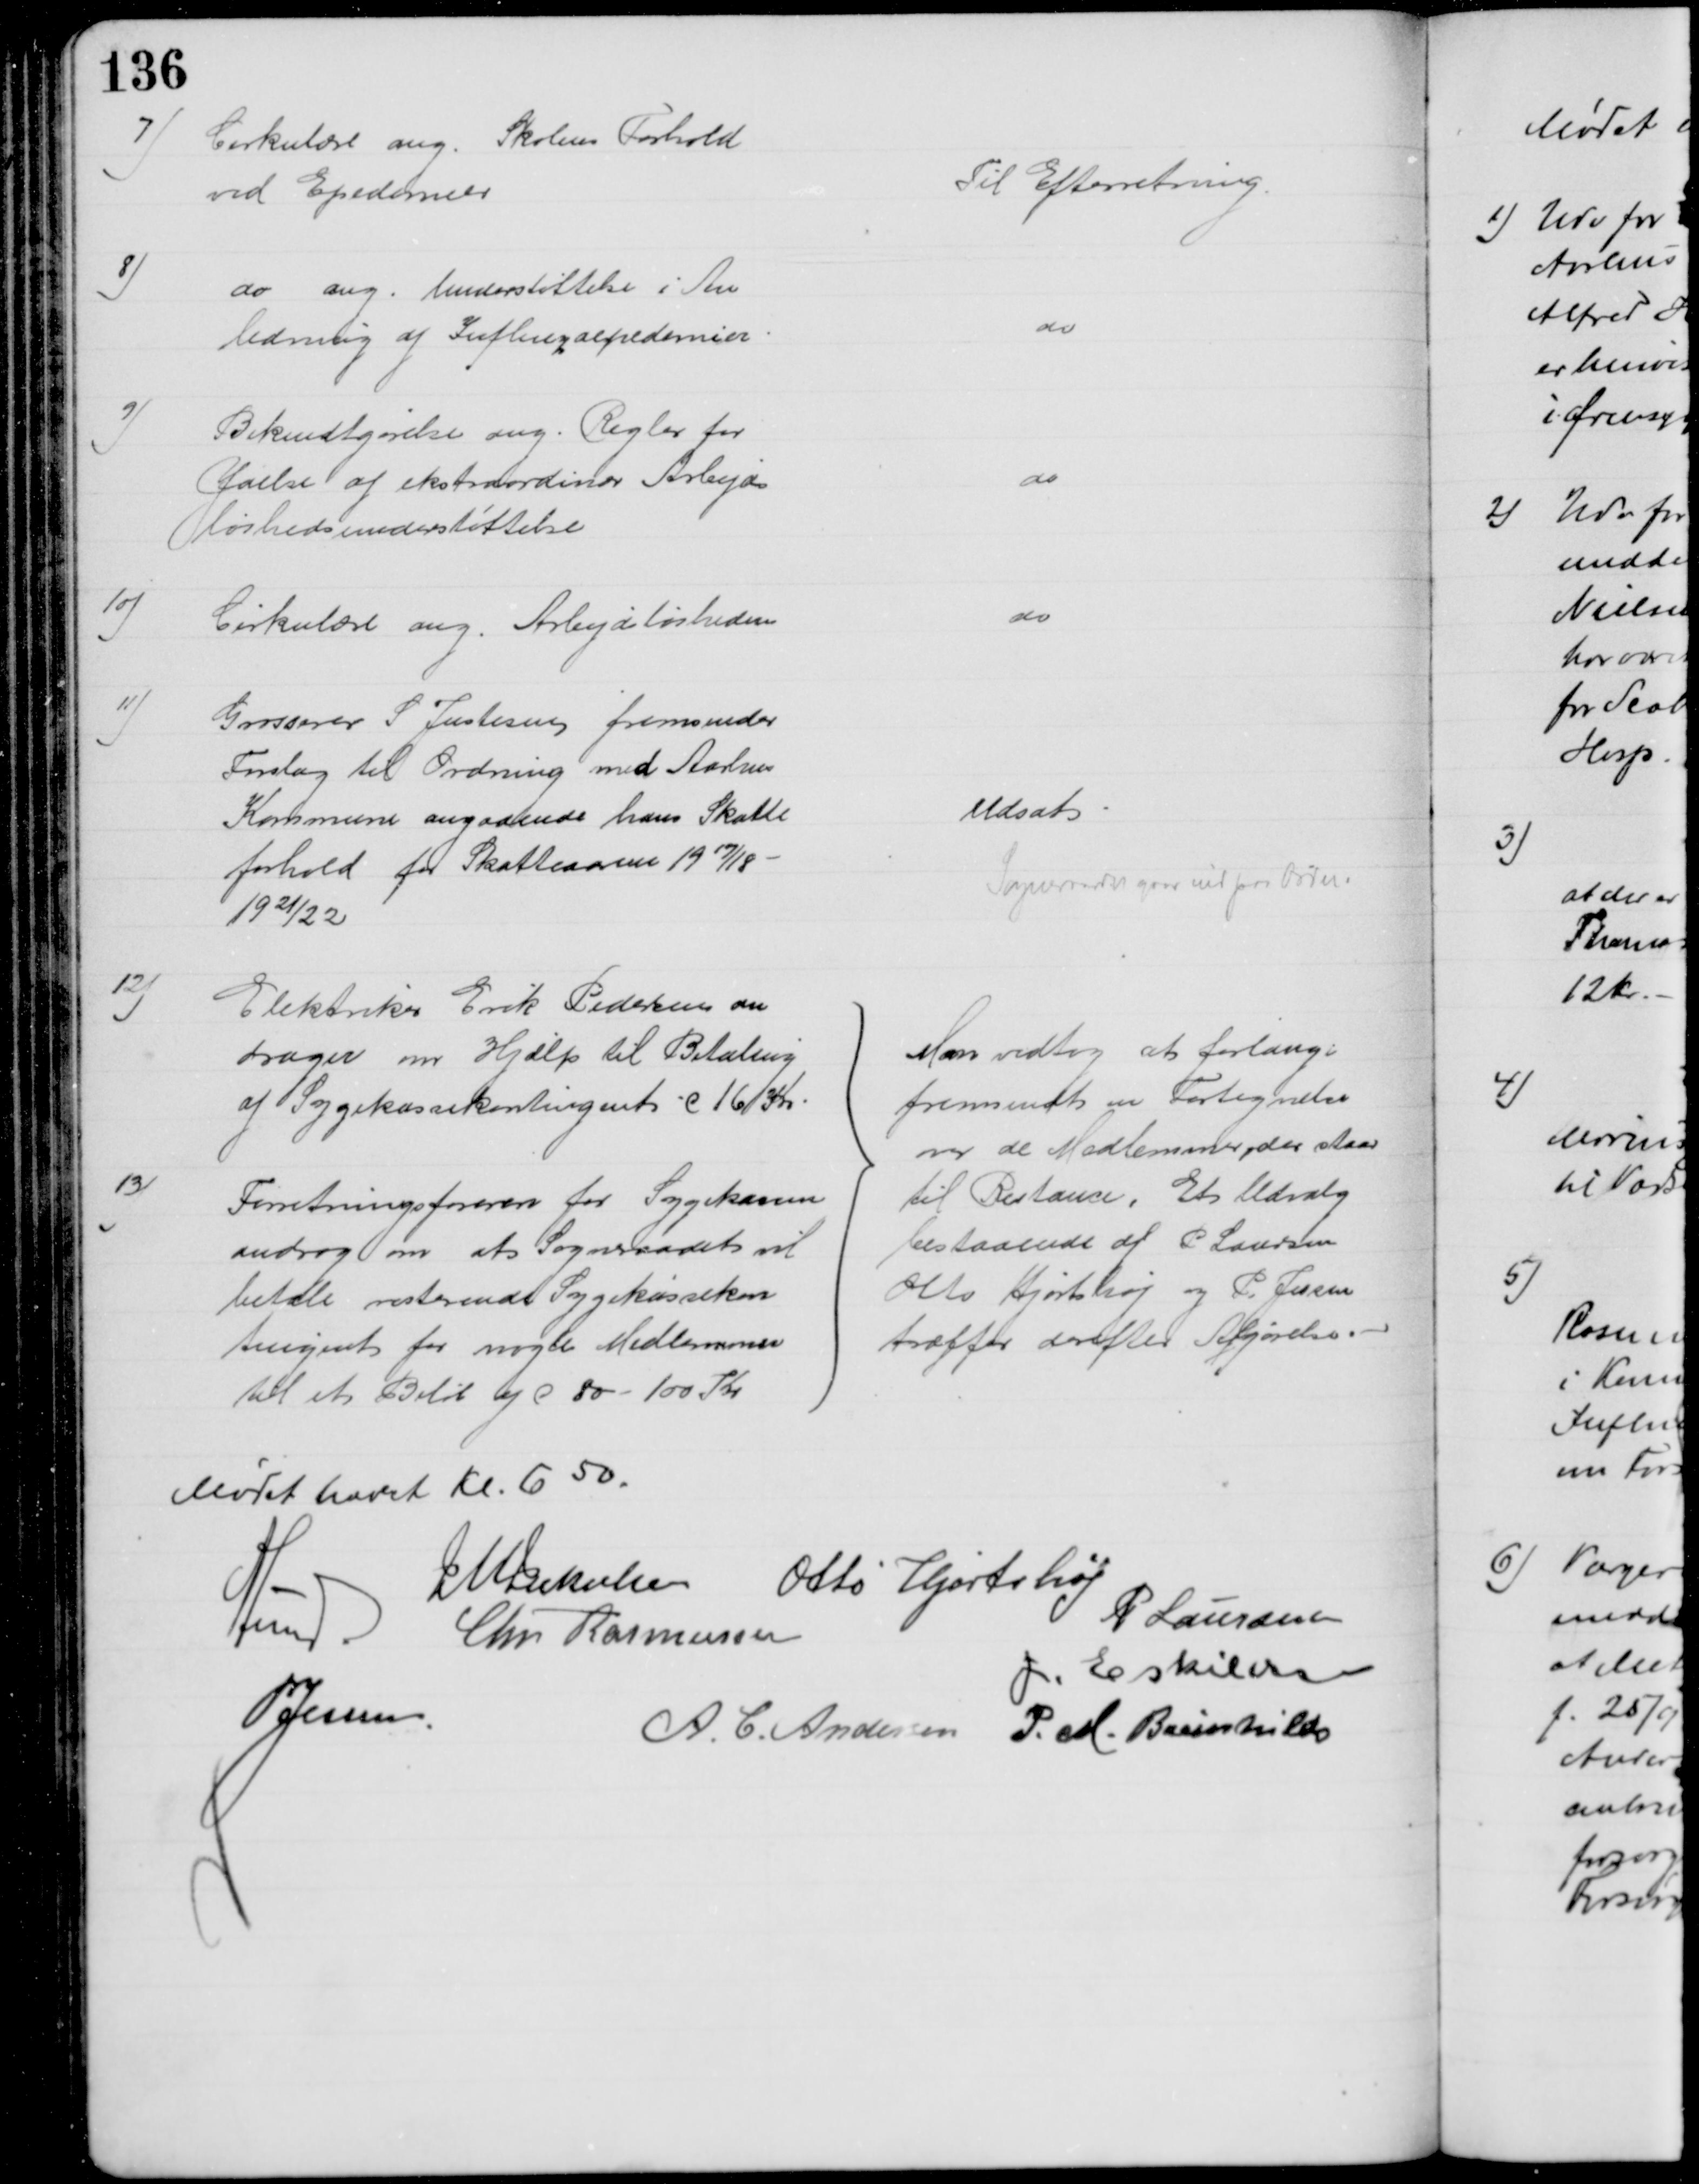
Transskription:
7)
Cirkulære ang. Skolens Forhold
ved Epedemier
Til Efterretning.
8)
do ang. Understøttelse i An
ledning af Influenzaepedemier.
do
9)
Bekendtgørelse ang. Regler for
Ydelse af ekstraordinær Arbejds
løshedsunderstøttelse
do
10)
Cirkulære ang. Arbejdsløsheden
do
11)
Grosserer S Justesen fremsender
Forslag til Ordning med Aarhus
Kommune angaaende hans Skatte
forhold for Skatteaarene 1917/18 -
1921/22
Udsat
Sogneraadet gaar ind paa Ordn.
12)
Elektriker Erik Pedersen an
drager om Hjælp til Betaling
af Sygekassekontingent c 16 Kr.
13)
Forretningsføreren for Sygekassen
androg om at Sogneraadet vil 
betale resterende Sygekassekon
tingent for nogle Medlemmer
til et Beløb af c. 80 - 100 Kr
Man vedtog at forlange
fremsendt en Fortegnelse
over de Medlemmer, der staar
til Restance. Et Udvalg
bestaaende af P. Laursen
Otto Hjortshøj og P. Jessen
træffer derefter Afgørelse.
Mødet hævet Kl. 650
J M Jakobsen Otto Hjortshøj
A Lund Chr. Rasmussen
P Laursen
J. Eskildsen
P Jessen.
A. C. Andersen P. M. Breinhild